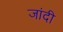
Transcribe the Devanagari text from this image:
जांदी